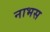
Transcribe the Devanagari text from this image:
नाभस